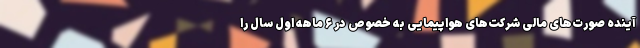
آینده صورت‌های مالی شرکت‌های هواپیمایی به خصوص در ۶ ماهه اول سال را